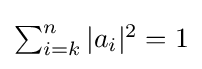
{\textstyle \sum _{i=k}^{n}|a_{i}|^{2}=1}